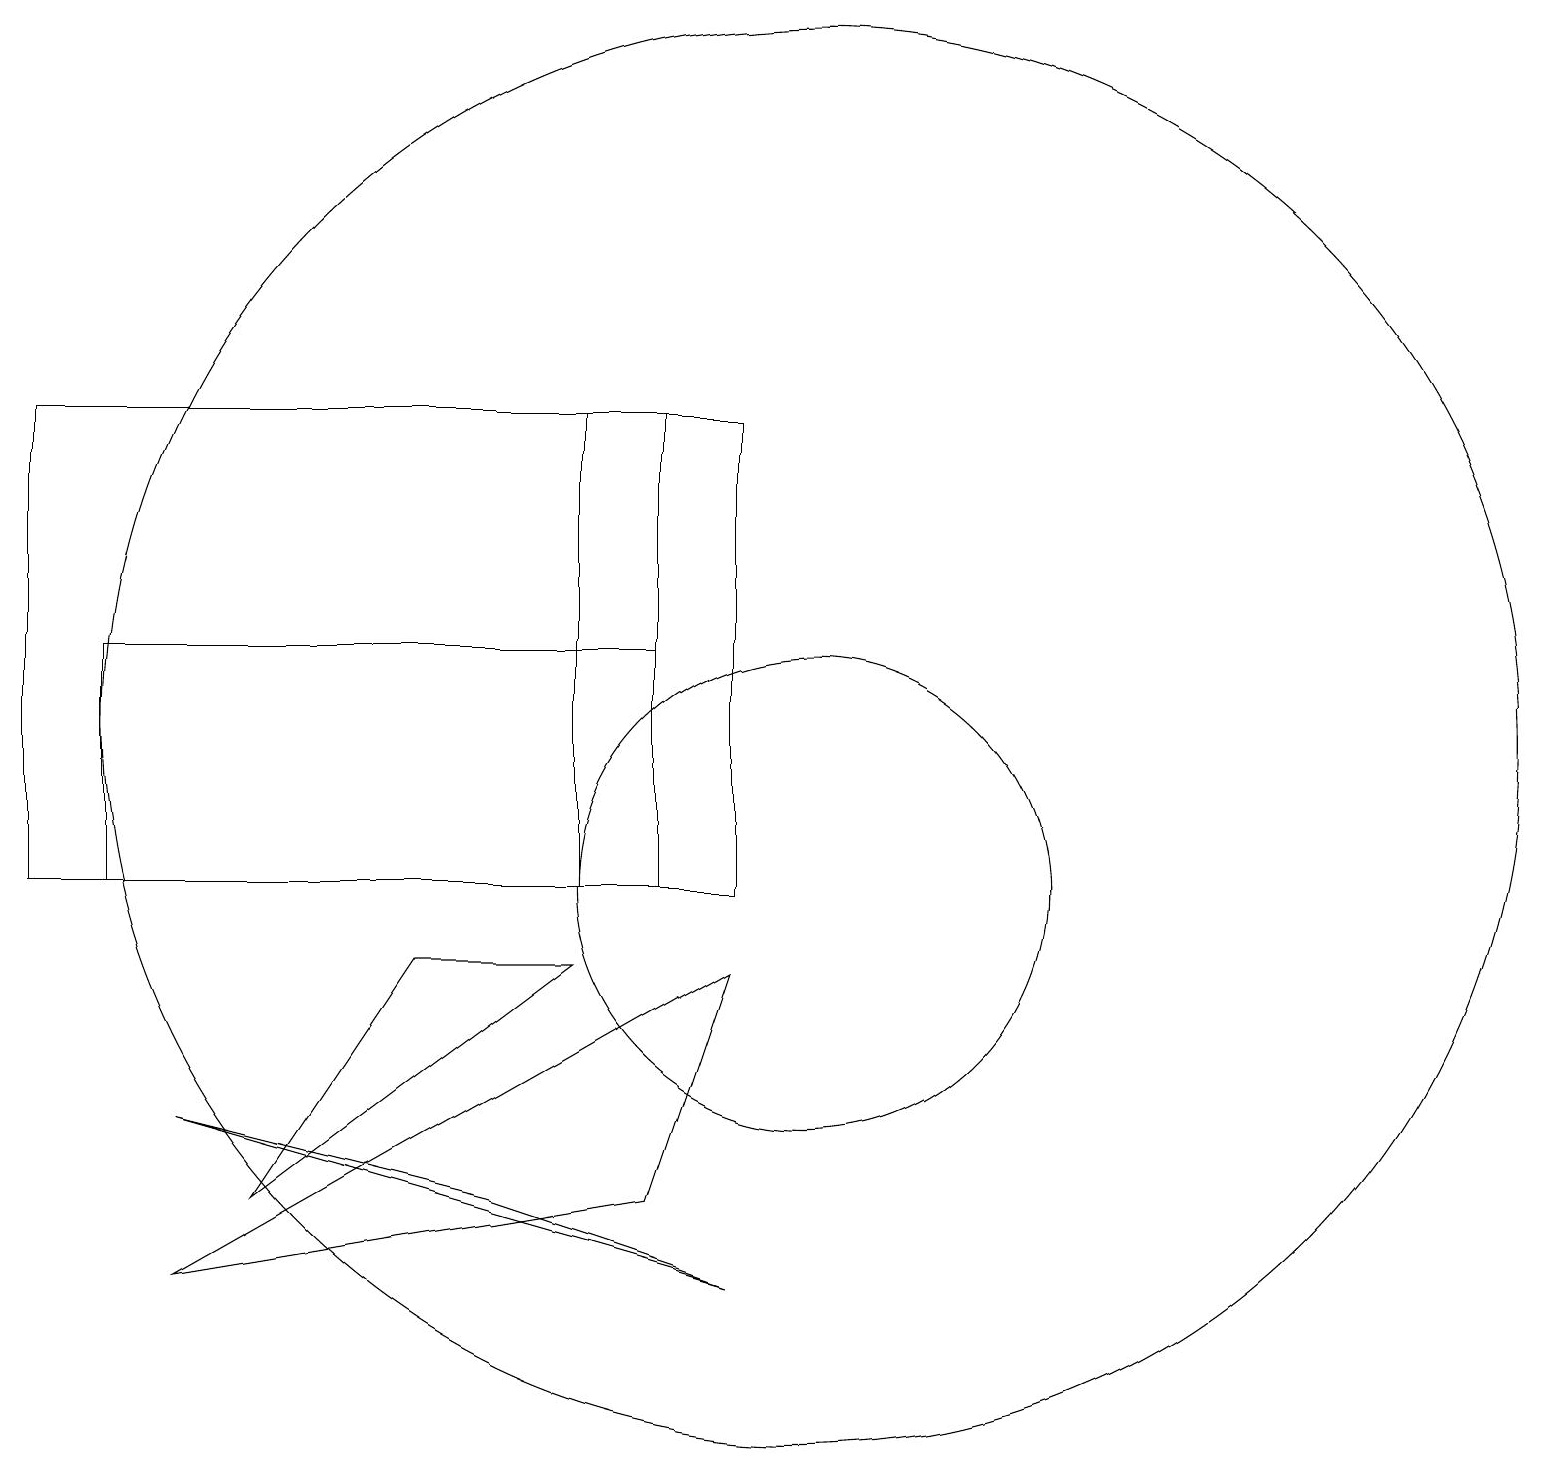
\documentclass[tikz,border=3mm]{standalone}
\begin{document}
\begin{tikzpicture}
\draw (9,5) -- (2,7) -- (6,6) -- cycle;
\draw (9,9) -- (8,6) -- (2,5) -- cycle;
\draw (1,13) rectangle (8,10);
\draw (7,16) rectangle (8,10);
\draw (10,12) circle (9);
\draw (5,9) -- (7,9) -- (3,6) -- cycle;
\draw (10,10) circle (3);
\draw (0,16) rectangle (9,10);
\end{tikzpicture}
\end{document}